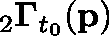
{ } _ { 2 } \mathbf { \Gamma } _ { t _ { 0 } } ( \mathbf { p } )